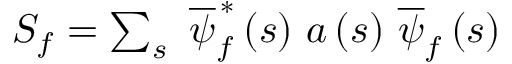
\begin{array} { r } { S _ { f } = \sum _ { s } \, \, \overline { { \psi } } _ { f } ^ { \, \ast } \left( s \right) \, a \left( s \right) \, \overline { { \psi } } _ { f } \left( s \right) } \end{array}